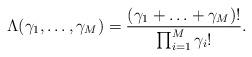
LaTeX: \begin{align*}\Lambda(\gamma_1, \ldots, \gamma_M)=\frac{(\gamma_1+\ldots + \gamma_M)!}{\prod_{i=1}^{M} \gamma_i!}.\end{align*}